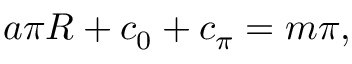
a \pi R + c _ { 0 } + c _ { \pi } = m \pi ,